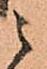
ニ